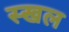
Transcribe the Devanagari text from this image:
स्खल